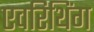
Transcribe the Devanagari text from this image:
एवरिथिंग